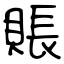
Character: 賬